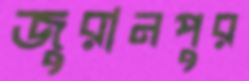
জুরানপুর